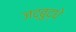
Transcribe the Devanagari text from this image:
जद्बुद्धे